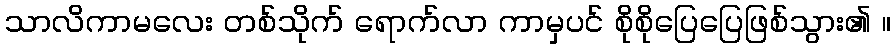
သာလိကာမလေး တစ်သိုက် ရောက်လာ ကာမှပင် စိုစိုပြေပြေဖြစ်သွား၏ ။